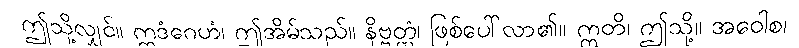
ဤသို့လျှင်။ ဣဒံဂေဟံ၊ ဤအိမ်သည်။ နိဗ္ဗတ္တံ၊ ဖြစ်ပေါ်လာ၏။ ဣတိ၊ ဤသို့။ အဝေါစ၊